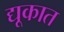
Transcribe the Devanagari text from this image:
द्यूकात